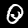
Digit: 0